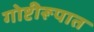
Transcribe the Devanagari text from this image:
गोष्टीरूपात